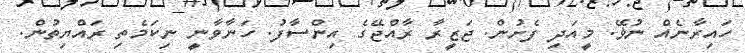
ހައިރާނެއް ނުޥޭ. މީއަދި ފެށުން. ޖަޒީރާ ރާއްޖޭގެ އިންސާފު. ހަނާވާނީ ނިކަމެތި ރައްޔިތުން.